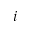
i